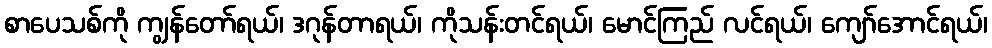
စာပေသစ်ကို ကျွန်တော်ရယ်၊ ဒဂုန်တာရယ်၊ ကိုသန်းတင်ရယ်၊ မောင်ကြည် လင်ရယ်၊ ကျော်အောင်ရယ်၊